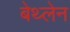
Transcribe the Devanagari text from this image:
बेथ्लेन